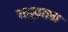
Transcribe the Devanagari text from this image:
समुद्रतळ